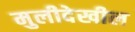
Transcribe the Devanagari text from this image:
मुलीदेखील